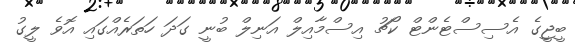
ބީޖީގެ އެސިސްޓެންޓް ކޯޗު އިސްމާއިލް އަނިލް ބުނީ ގަދަ ހަތަރެއްގައި އޮވެ ލީގު